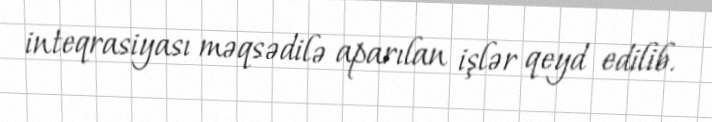
inteqrasiyası məqsədilə aparılan işlər qeyd edilib.